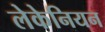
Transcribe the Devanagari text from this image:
लेकेनियन